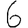
Digit: 6